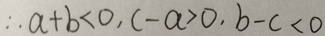
\therefore a + b < 0 , c - a > 0 , b - c < 0